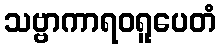
သဗ္ဗာကာရဝရူပေတံ